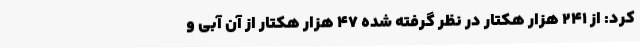
کرد: از 241 هزار هکتار در نظر گرفته شده 47 هزار هکتار از آن آبی و